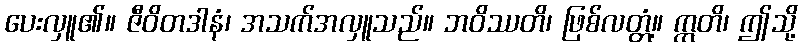
ပေးလှူ၏။ ဇီဝိတဒါနံ၊ အသက်အလှူသည်။ ဘဝိဿတိ၊ ဖြစ်လတ္တံ့။ ဣတိ၊ ဤသို့